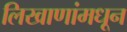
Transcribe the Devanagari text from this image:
लिखाणांमधून